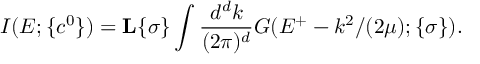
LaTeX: I ( E ; \{ c ^ { 0 } \} ) = { \bf L } { \{ \sigma \} } \int \displaystyle \frac { d ^ { d } k } { ( 2 \pi ) ^ { d } } G ( E ^ { + } - k ^ { 2 } / ( 2 \mu ) ; \{ \sigma \} ) .